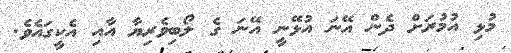
މުޅި އުމުރަށް ދެން އޭނަ އުޅޭނީ އޭނަ ގެ ލޯބިވެރިޔާ އާއި އެކީގައެވެ.